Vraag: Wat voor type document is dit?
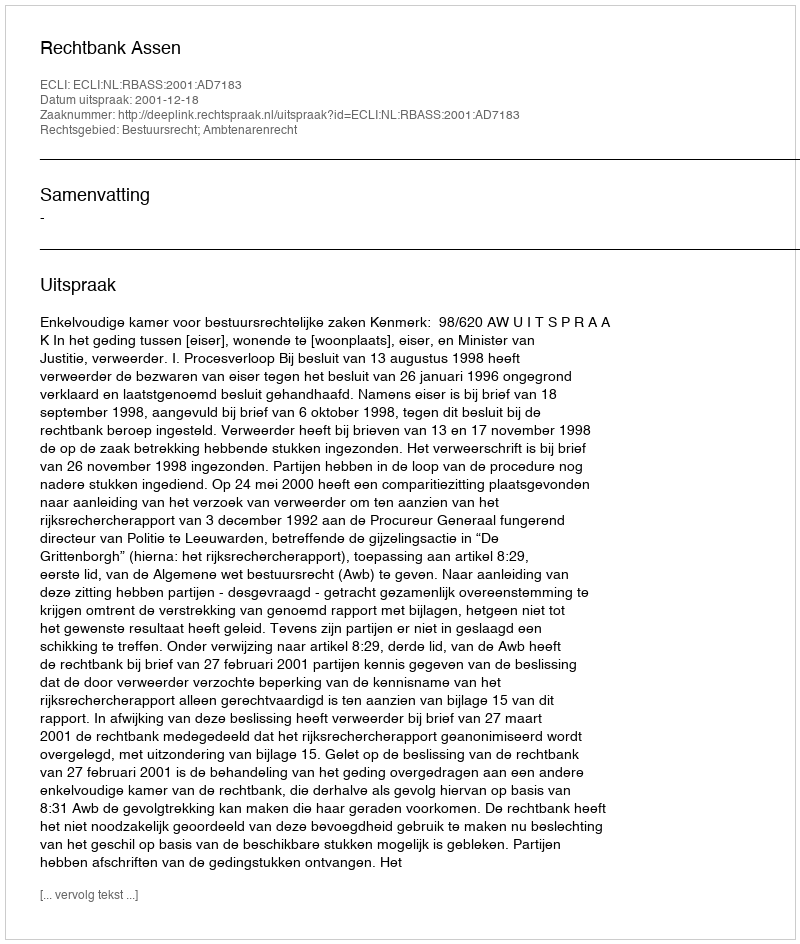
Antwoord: Uitspraak